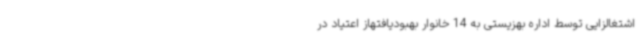
اشتغالزایی توسط اداره بهزیستی به 14 خانوار بهبودیافتهاز اعتیاد در